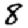
Digit: 8